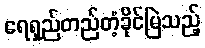
ရေရှည်တည်တံ့ခိုင်မြဲသည့်